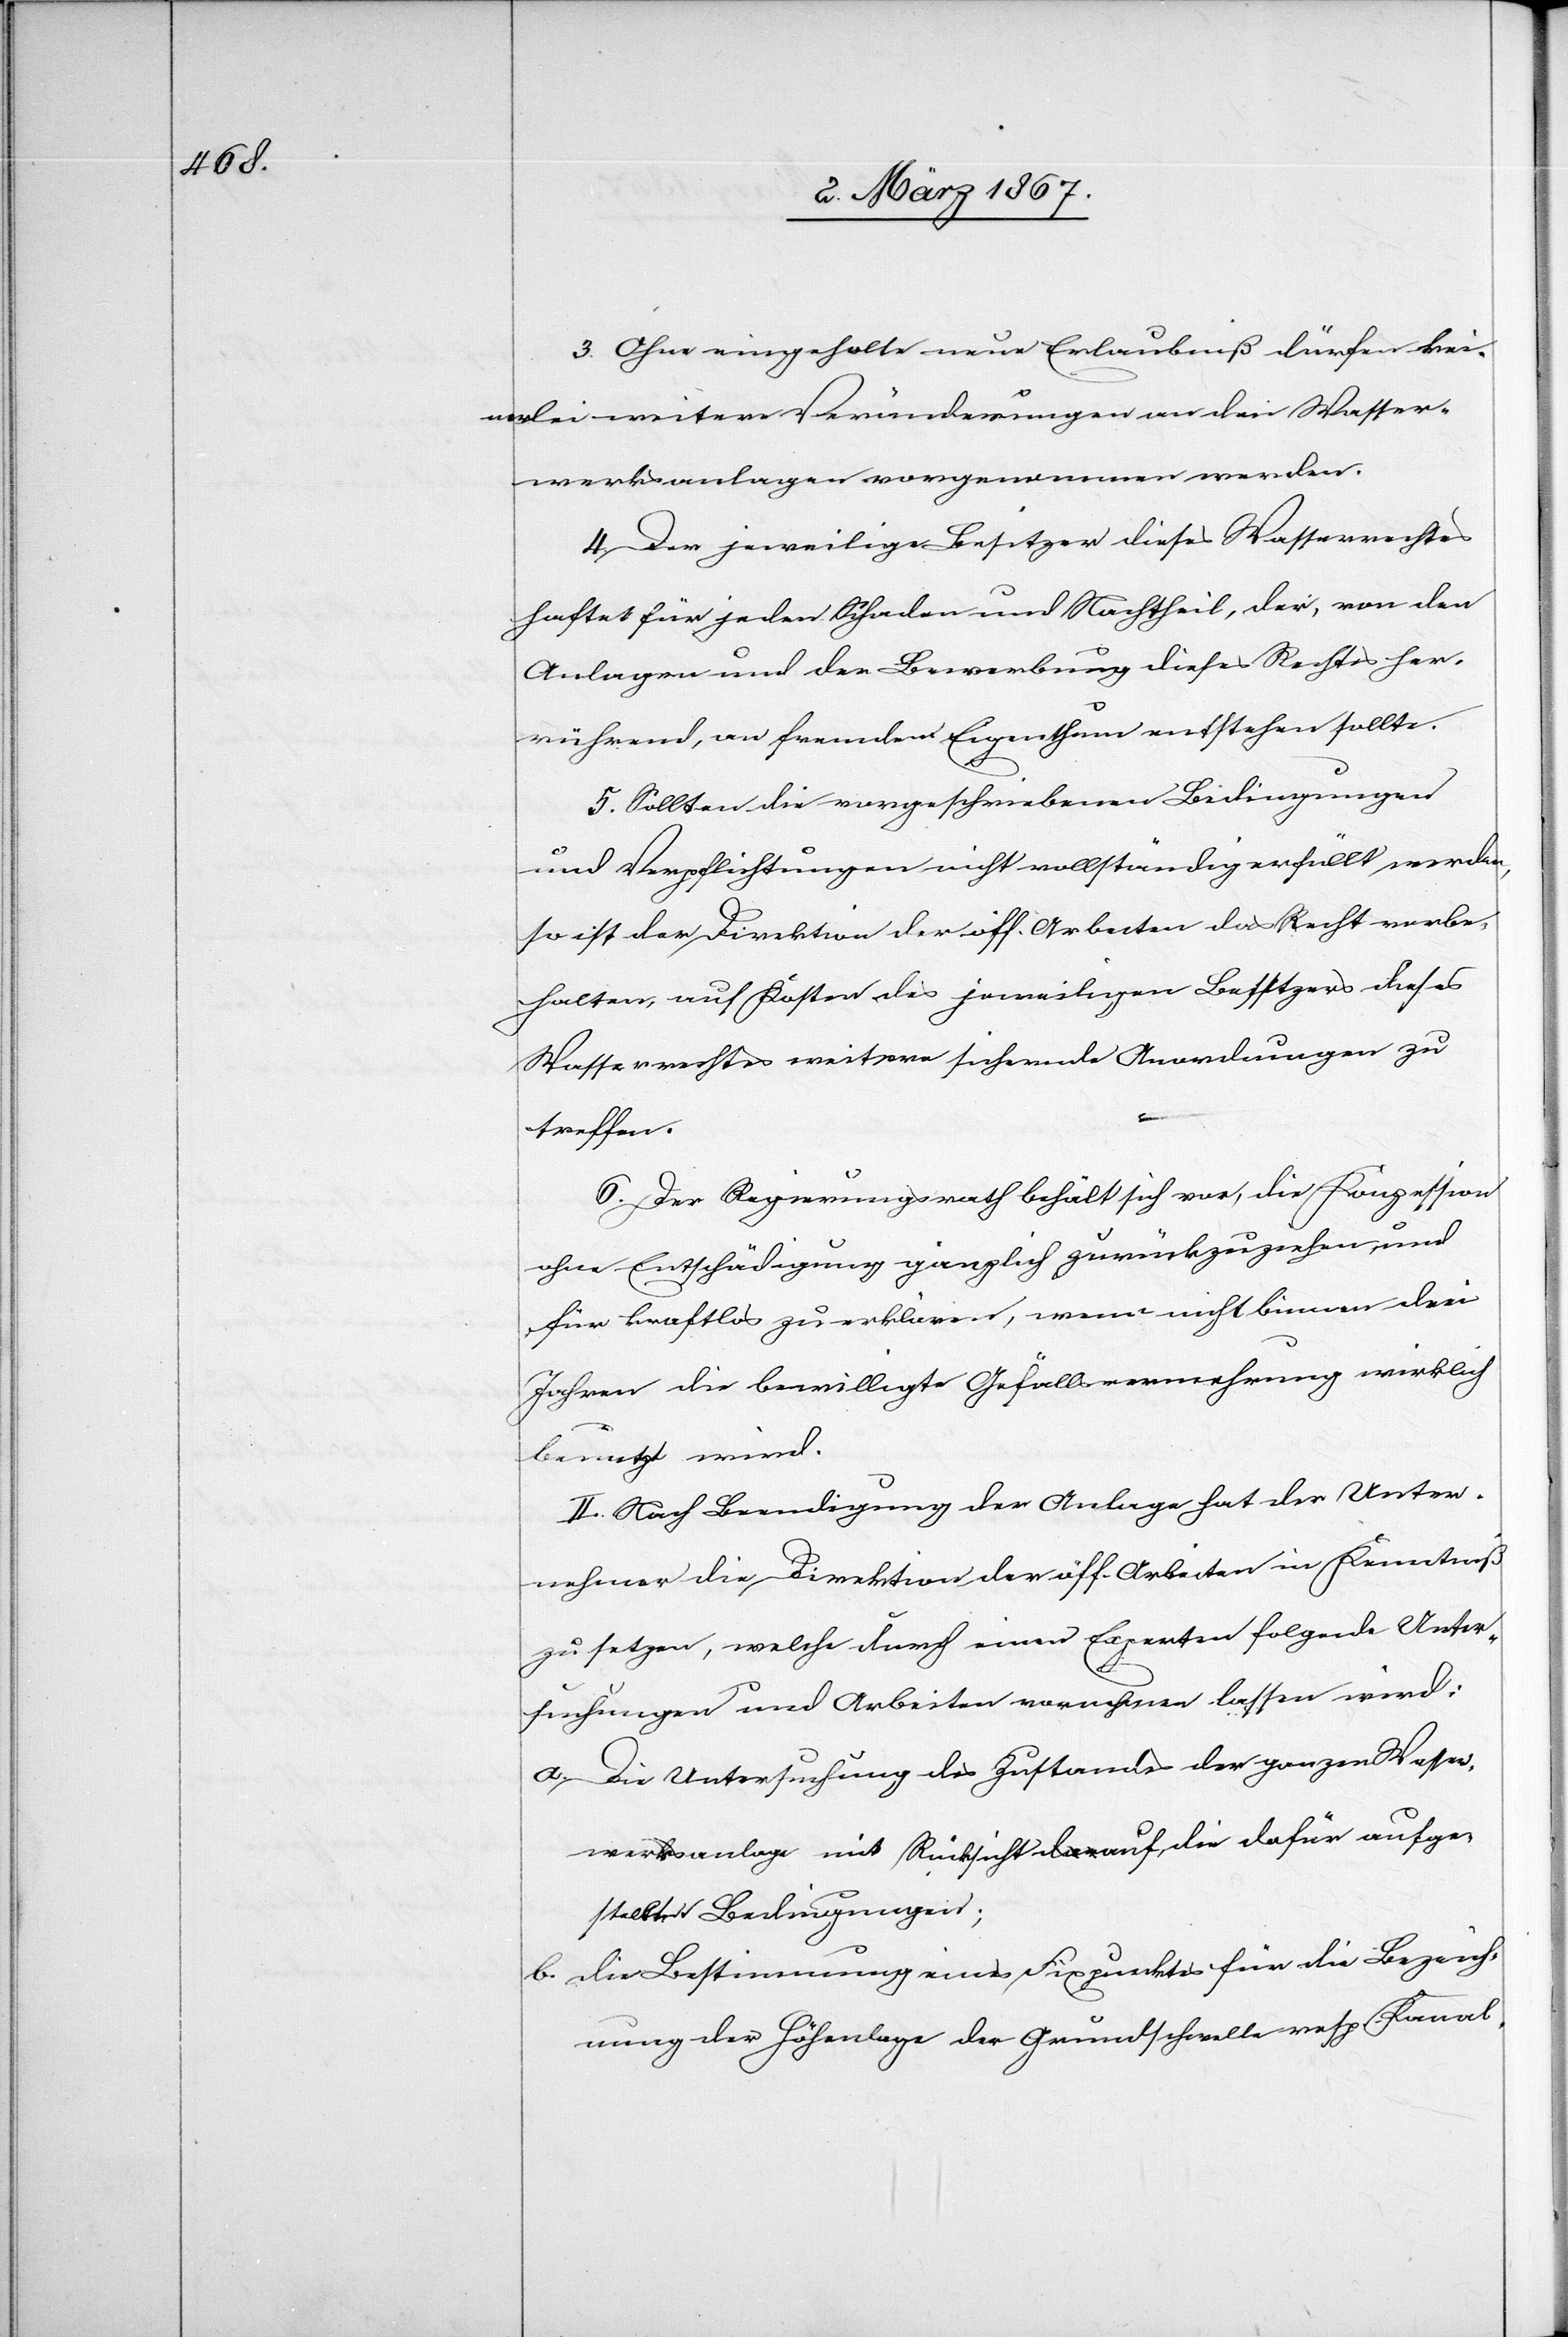
3. Ohne eingeholte neue Erlaubniß dürfen kei¬
nerlei weitere Veränderungen an den Wasser¬
werksanlagen vorgenommen werden.
4. Der jeweilige Besitzer dieses Wasserrechtes
haftet für jeden Schaden und Nachtheil, der, von den
Anlagen und der Bewerbung dieses Rechts her¬
rührend, an fremdem Eigenthum entstehen sollte.
5. Sollten die vorgeschriebenen Bedingungen
und Verpflichtungen nicht vollständig erfüllt werden,
so ist der Direktion der öff. Arbeiten das Recht vorbe¬
halten, auf Kosten des jeweiligen Besitzers dieses
Wasserrechtes weitere sichernde Anordnungen zu
treffen.
6. Der Regierungsrath behält sich vor, die Konzession
ohne Entschädigung gänzlich zurückzuziehen, und
für kraftlos zu erklären, wenn nicht binnen drei
Jahren die bewilligte Gefällsvermehrung wirklich
benutzt wird.
II. Nach Beendigung der Anlage hat der Unter¬
nehmer die Direktion der öff. Arbeiten in Kenntniß
zu setzen, welche durch einen Experten folgende Unter¬
suchungen und Arbeiten vornehmen lassen wird:
a. Die Untersuchung des Zustandes der ganzen Wasser¬
werksanlage mit Rücksicht auf, die dafür aufge¬
stellte[n] Bedingungen;
b. die Bestimmung eines Fixpunktes für die Bezeich¬
nung der Höhenlage der Grundschwelle resp. Kanal-